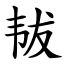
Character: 韨